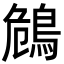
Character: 𪀗